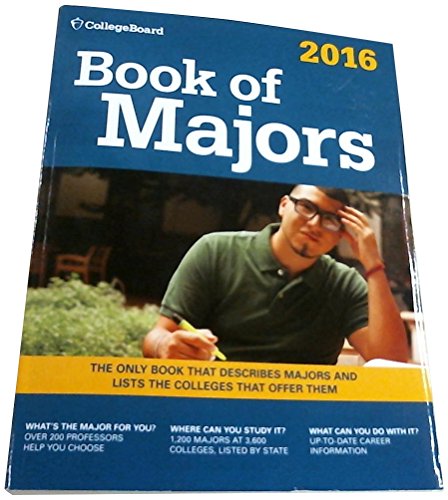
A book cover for Book of Majors 2016 (College Board Book of Majors); The College Board; Education & Teaching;